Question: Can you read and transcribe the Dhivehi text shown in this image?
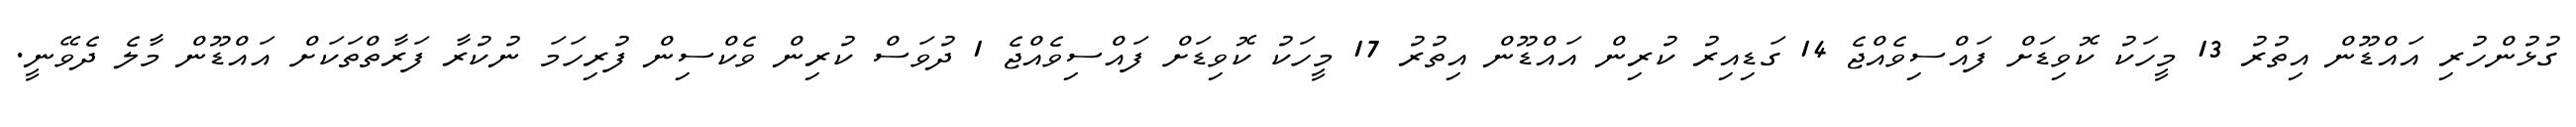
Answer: ގުޅުންހުރި އައްޑޫން އިތުރު 13 މީހަކު ކޮވިޑަށް ފައްސިވެއްޖެ 14 ގަޑިއިރު ކުރިން އައްޑޫން އިތުރު 17 މީހަކު ކޮވިޑަށް ފައްސިވެއްޖެ 1 ދުވަސް ކުރިން ވެކްސިން ފުރިހަމަ ނުކުރާ ފަރާތްތަކަށް އައްޑޫން މާލެ ދެވޭނީ.